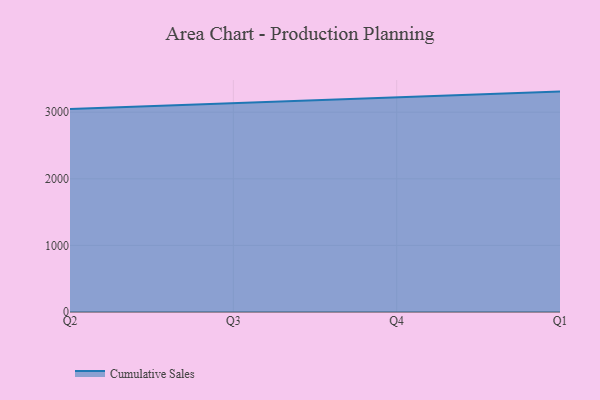
{"axis": {"x": "Quarter", "y": "Tickets Resolved"}, "legend": ["Cumulative Sales"], "data": [{"x": "Q2", "y": 3048.8, "type": "Cumulative Sales"}, {"x": "Q3", "y": 3134.1, "type": "Cumulative Sales"}, {"x": "Q4", "y": 3217.9, "type": "Cumulative Sales"}, {"x": "Q1", "y": 3309.1, "type": "Cumulative Sales"}]}